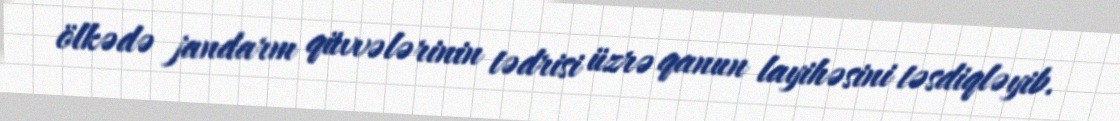
ölkədə jandarm qüvvələrinin tədrisi üzrə qanun layihəsini təsdiqləyib.